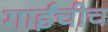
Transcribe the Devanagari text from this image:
गाईंचीच